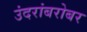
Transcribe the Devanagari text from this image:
उंदरांबरोबर